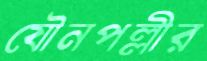
যৌনপল্লীর